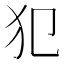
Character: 犯